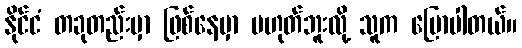
နိုင်ငံ တခုတည်းမှာ ဖြစ်နေမှာ မဟုတ်ဘူးလို့ သူက ပြောပါတယ်။